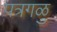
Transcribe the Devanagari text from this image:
पत्रगळु